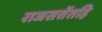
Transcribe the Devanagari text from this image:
राजसत्तेंतहि